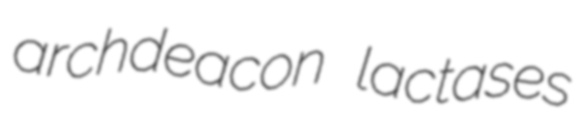
archdeacon lactases